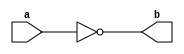
module NotGate(a,b) ;

output b ;
input a ;

nand(b,a,a) ;

endmodule 

module AndGate(a,b,c) ;

output c ;
input a,b ;
wire x ;

nand(x,a,b) ;
nand(c,x,x) ; 

endmodule 

module OrGate(a,b,c) ;

output c ;
input a,b ;
wire x,y ;

nand(x,a,a) ;
nand(y,b,b) ;
nand(c,x,y) ;

endmodule 

module XorGate(a,b,c) ;

output c ; 
input a,b ;
wire a_,b_,x,y ;

NotGate Na(a,a_) ;
NotGate Nb(b,b_) ;
AndGate A1(a,b_,x) ;
AndGate A2(a_,b,y) ;
OrGate O(x,y,c) ;

endmodule 

module DLatch(d,c,q,q_) ;

output q,q_ ;
input d,c ;
wire c_,s,r,x,y ;

AndGate S(d,d,s) ;
NotGate R(d,r) ;
nand(x,c,s) ;
nand(y,c,r) ;
nand(q,q_,x) ;
nand(q_,q,y) ;

endmodule

module DFlipFlopRE(d,c,q,q_) ;

output q,q_ ;
input d,c ;
wire c_,Q,Q_ ;

NotGate C_(c,c_) ;

DLatch D1(d,c_,Q,Q_) ;
DLatch D2(Q,c,q,q_) ;

endmodule 

module BinaryCell(DIn,clk,cs,w,r,DOut) ;

output DOut ;
input DIn,clk,cs,w,r ;
wire s1,s2,d,q,q_ ;

AndGate In(w,cs,s1) ;
AndGate Out(r,cs,s2) ;
Mux2x1 M1(q,DIn,s1,d) ;
DFlipFlopRE D(d,clk,q,q_) ;
Mux2x1 M2(1'bx,q,s2,DOut) ;

endmodule

module Reg16Bit(DIn,clk,cs,w,r,DOut) ;

output [15:0] DOut ;
input [15:0] DIn;
input clk,cs,w,r ;

BinaryCell B[15:0](DIn,clk,cs,w,r,DOut) ; 

endmodule 

module Mux2x1(a,b,s,c) ;  // 12

output c ;
input a,b,s ;
wire x,y,z ;

NotGate NG_1(s,z );
AndGate AG_1(a,z,x) ;
AndGate AG_2(b,s,y) ;
OrGate OG_1(x,y,c) ;

endmodule 

module Mux2x1_16(a,b,s,c) ;

output [15:0] c ;
input [15:0] a,b;
input s ;

Mux2x1 M[15:0](a,b,s,c) ;

endmodule

module HalfAdder(a,b,s,c) ;

output s,c ;
input a,b ;

AndGate A(a,b,c) ;
XorGate X(a,b,s) ;

endmodule

module Inc16Bit(a,b) ;

output [15:0] b;
input [15:0] a ;
wire [15:0] c ;

HalfAdder H1(a[0],1'b1,b[0],c[0]) ;
HalfAdder H2(a[1],c[0],b[1],c[1]) ; 
HalfAdder H3(a[2],c[1],b[2],c[2]) ; 
HalfAdder H4(a[3],c[2],b[3],c[3]) ; 
HalfAdder H5(a[4],c[3],b[4],c[4]) ; 
HalfAdder H6(a[5],c[4],b[5],c[5]) ; 
HalfAdder H7(a[6],c[5],b[6],c[6]) ; 
HalfAdder H8(a[7],c[6],b[7],c[7]) ; 
HalfAdder H9(a[8],c[7],b[8],c[8]) ; 
HalfAdder H10(a[9],c[8],b[9],c[9]) ; 
HalfAdder H11(a[10],c[9],b[10],c[10]) ; 
HalfAdder H12(a[11],c[10],b[11],c[11]) ; 
HalfAdder H13(a[12],c[11],b[12],c[12]) ;
HalfAdder H14(a[13],c[12],b[13],c[13]) ; 
HalfAdder H15(a[14],c[13],b[14],c[14]) ; 
HalfAdder H16(a[15],c[14],b[15],c[15]) ;  

endmodule 

module PC(re,inc,load,l,clk,cs,w,r,DOut) ;

input re,inc,l,clk,cs,w,r ;
input [15:0] load ;
output [15:0] DOut ;
wire [15:0] d,D,D_,D__,x ;

Mux2x1_16 M(DOut,load,l,d) ;
Inc16Bit I(d,D) ;
AndGate A[15:0](d,d,x) ;
Mux2x1_16 M2(x,D,inc,D_) ;
Mux2x1_16 M3(D_,16'b0,re,D__);
Reg16Bit R(D__,clk,cs,w,r,DOut) ;

endmodule